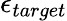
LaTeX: \epsilon_{target}